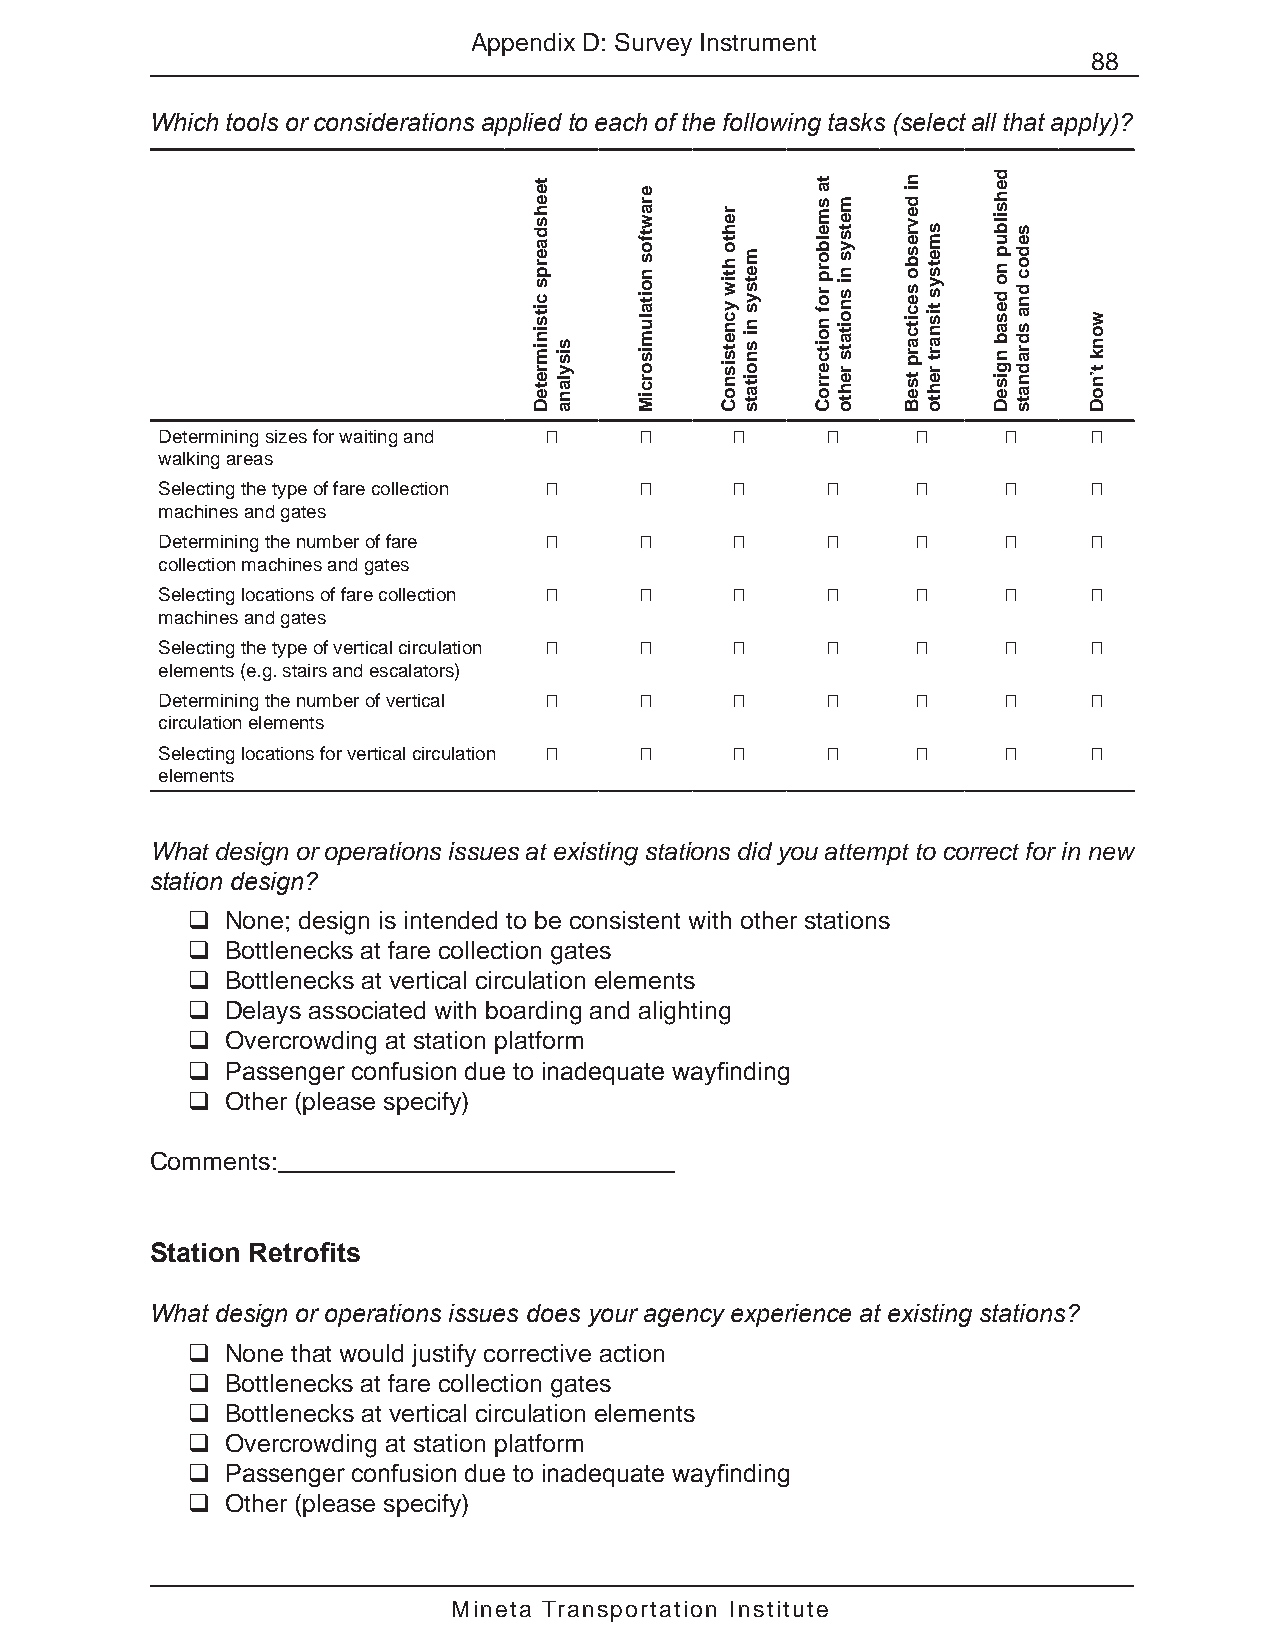
Appendix D: Survey Instrument
 88
 Which tools or considerations applied to each of the following tasks (select all that apply)?
 Determining sizes for waiting and � � �      �     �    �     �
 walking areas
 Selecting the type of fare collection � � �  �     �    �     �
 machines and gates
 Determining the number of fare � �    �      �     �    �     �
 collection machines and gates
 Selecting locations of fare collection � � � �     �    �     �
 machines and gates
 Selecting the type of vertical circulation � � � � �    �     �
 elements (e.g. stairs and escalators)
 Determining the number of vertical � � �     �     �    �     �
 circulation elements
 Selecting locations for vertical circulation � � � � �  �     �
 elements
 What design or operations issues at existing stations did you attempt to correct for in new
 station design?
   None; design is intended to be consistent with other stations
   Bottlenecks at fare collection gates
   Bottlenecks at vertical circulation elements
   Delays associated with boarding and alighting
   Overcrowding at station platform
   Passenger confusion due to inadequate wayfinding
   Other (please specify)
 Comments:
 Station Retrofits
 What design or operations issues does your agency experience at existing stations?
   None that would justify corrective action
   Bottlenecks at fare collection gates
   Bottlenecks at vertical circulation elements
   Overcrowding at station platform
   Passenger confusion due to inadequate wayfinding
   Other (please specify)
 Mineta Transportation Institute
 teehsdaerps
 citsinimreteD
 sisylana
 erawtfos
 noitalumisorciM
 rehto
 htiw
 ycnetsisnoC
 metsys
 ni
 snoitats
 ta
 smelborp
 rof
 noitcerroC
 metsys
 ni
 snoitats
 rehto
 ni
 devresbo
 secitcarp
 tseB
 smetsys
 tisnart
 rehto
 dehsilbup
 no
 desab
 ngiseD
 sedoc
 dna
 sdradnats wonk
 t’noD